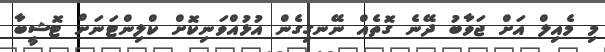
މި މެއިލް އަށް ޖަވާބު ދޭނެ ގޮތެއް ނޭނގިގެން އުޅުއްވަނިކޮށް ކްލިންޓަނަށް ޓޮޝީބާ